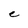
Character: e